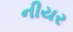
નીયર